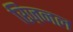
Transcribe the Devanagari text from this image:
रिज़नल